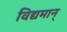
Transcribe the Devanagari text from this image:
विद्यमान्